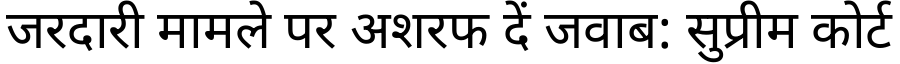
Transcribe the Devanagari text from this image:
जरदारी मामले पर अशरफ दें जवाब: सुप्रीम कोर्ट